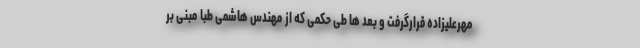
مهرعلیزاده قرارگرفت و بعد ها طی حکمی که از مهندس هاشمی طبا مبنی بر